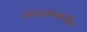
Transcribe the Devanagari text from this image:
लढायांमधील